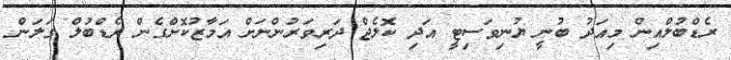
ރެޑްބުލްއިން މިއަދު ބުނީ ޔުނިވަސިޓީ އަދި ކޮލެޖް ދަރިވަރުންނަށް އަމާޒުކޮށްގެން ރެޑްބުލް ގަލަން